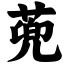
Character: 蔸